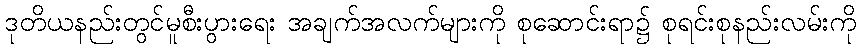
ဒုတိယနည်းတွင်မူစီးပွားရေး အချက်အလက်များကို စုဆောင်းရာ၌ စုရင်းစုနည်းလမ်းကို